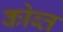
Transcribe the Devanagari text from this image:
कोब्त